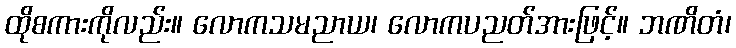
ထိုစကားကိုလည်း။ လောကသမညာယ၊ လောကပညတ်အားဖြင့်။ ဘဏိတံ၊